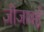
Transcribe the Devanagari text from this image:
जीजाबई